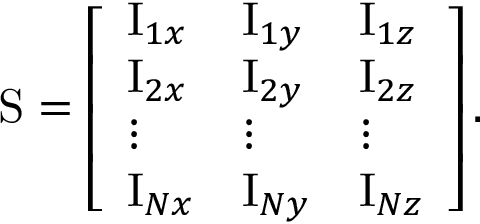
\mathrm { S } = \left[ \begin{array} { l l l } { \mathrm { I } _ { 1 x } } & { \mathrm { I } _ { 1 y } } & { \mathrm { I } _ { 1 z } } \\ { \mathrm { I } _ { 2 x } } & { \mathrm { I } _ { 2 y } } & { \mathrm { I } _ { 2 z } } \\ { \vdots } & { \vdots } & { \vdots } \\ { \mathrm { I } _ { N x } } & { \mathrm { I } _ { N y } } & { \mathrm { I } _ { N z } } \end{array} \right] .